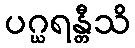
ပဂ္ဃရန္တီသိ